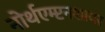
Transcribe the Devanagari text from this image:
नोर्थएम्प्टनशायर